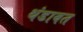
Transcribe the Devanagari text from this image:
थंडावत